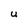
Character: U